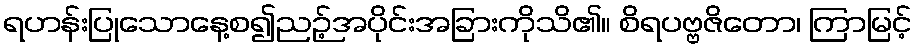
ရဟန်းပြုသောနေ့စ၍ညဉ့်အပိုင်းအခြားကိုသိ၏။ စိရပဗ္ဗဇိတော၊ ကြာမြင့်